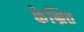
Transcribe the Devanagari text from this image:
केन्रित